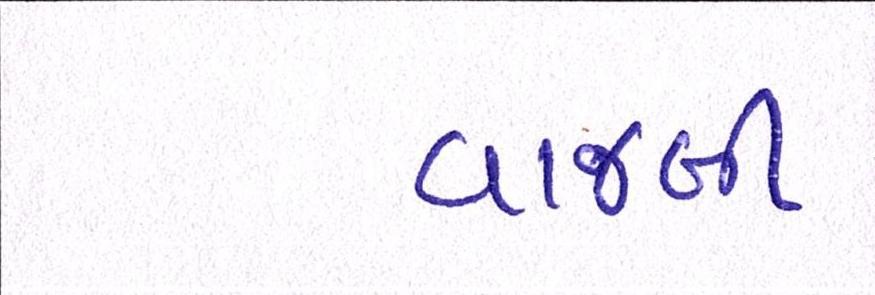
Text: વાજબી